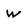
Character: w